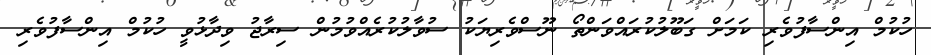
ހުކުމް އިންސާފުވެރި ކަމަށް ގަބޫލުކުރައްވަންތޯ ނޫސްވެރިޔަކު ސުވާލުކުރެއްވުމުން ސިރާޖު ވިދާޅުވީ ހުކުމް އިންސާފުވެރި